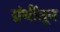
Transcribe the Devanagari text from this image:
ग्रंथींतून